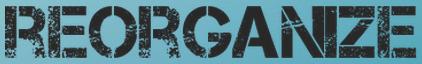
REORGANIZE